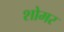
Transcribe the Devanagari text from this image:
शोमर